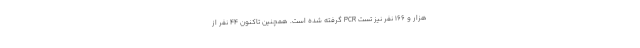
هزار و ۱۶۶ نفر نیز تست PCR گرفته شده است. همچنین تاکنون ۴۴ نفر از